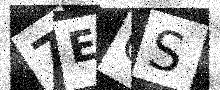
Text: 7EQS